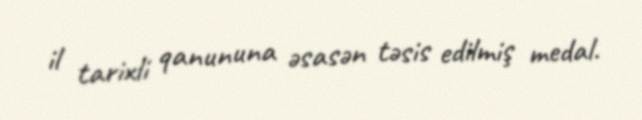
il tarixli qanununa əsasən təsis edilmiş medal.